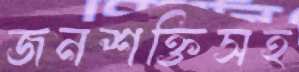
জনশক্তিসহ